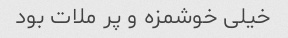
خیلى خوشمزه و پر ملات بود